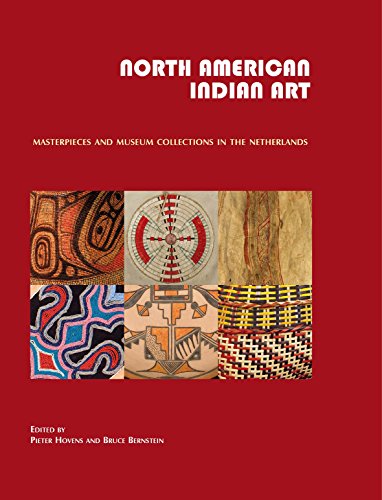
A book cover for North American Indian Art: Masterpieces and Museum Collections from the Netherlands; History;